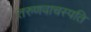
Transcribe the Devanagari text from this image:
तरुणवाचस्पति